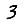
Digit: 3